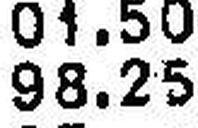
98.25